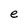
Character: e